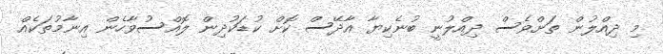
މި ދިއްލުން ތަށްވެސް ދިއްލުނީ ބުނެކިޔާ އާދޭސް ކޮށް ކުޑަކުދިން ލޮއްސުވާހެން އިނާމުތަކެއް